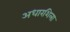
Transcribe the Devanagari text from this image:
अधारशिला